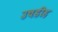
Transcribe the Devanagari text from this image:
उचडीह